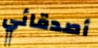
أصدقائي